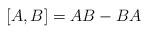
LaTeX: \begin{align*}[A,B] = AB- BA\end{align*}